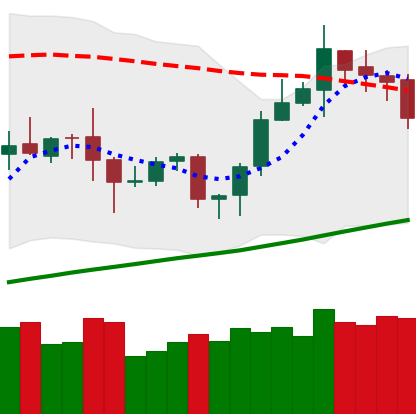
Ticker: ETH-USD
Chart end date: 2020-10-16
Forward return: 7.089%
Label: up_7plus